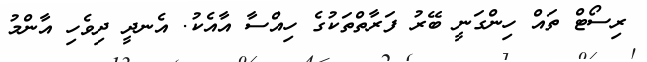
ރިސޯޓް ތައް ހިންގަނީ ބޭރު ފަރާތްތަކުގެ ހިއްސާ އާއެކު. އެނދީ ދިވެހި އާންމު